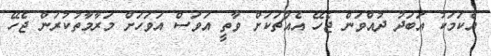
އެކަމަކު އަބަދު ދުއްވަން ޖެހޭ އެއްޗަކަށް ވާތީ އަވަސް އަވަހަށް މަރާމާތުކުރަން ޖެހޭ